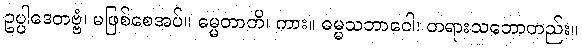
ဥပ္ပါဒေတဗ္ဗံ၊ မဖြစ်စေအပ်။ ဓမ္မတာတိ၊ ကား။ ဓမ္မသဘာဝေါ၊ တရားသဘောတည်း။